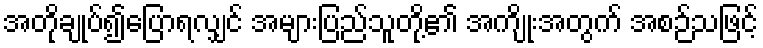
အတိုချုပ်၍ပြောရလျှင် အများပြည်သူတို့၏ အကျိုးအတွက် အစဉ်သဖြင့်